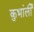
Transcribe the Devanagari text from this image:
कुभांर्ली